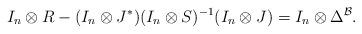
LaTeX: \begin{gather*}I_n\otimes R-(I_n\otimes J^*)(I_n\otimes S)^{-1}(I_n\otimes J)=I_n\otimes \Delta^{\mathcal B}.\end{gather*}